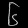
Digit: ၆